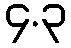
၄.၃